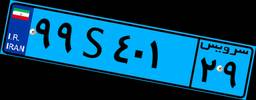
۱۵S۰۸۱۹۵